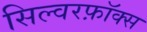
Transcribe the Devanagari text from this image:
सिल्वरफ़ॉक्स